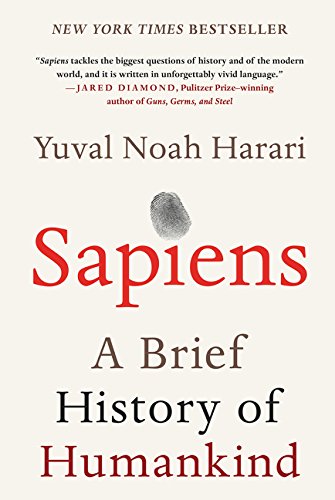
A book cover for Sapiens: A Brief History of Humankind; Yuval Noah Harari; Science & Math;